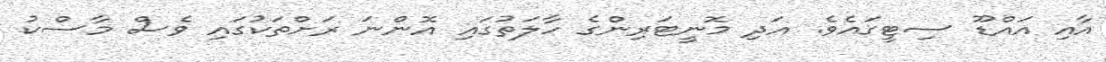
އާއި އައްޑޫ ސިޓީގައެވެ. އަދި މޮނީޓަރިންގެ ހާލަތުގައި އޮންނަ ރަށްތަކުގައި ވެސް މާސްކު